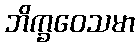
ဘိက္ခဝေသမာ